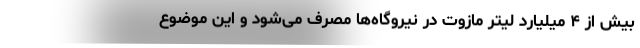
بیش از ۴ میلیارد لیتر مازوت در نیروگاه‌ها مصرف می‌شود و این موضوع